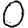
Digit: 0